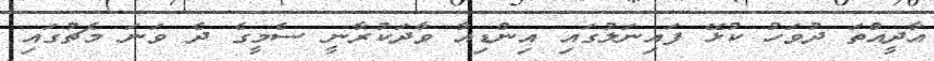
އާދީއްތަ ދުވަހު ކުޅޭ ފައިނަލުގައި އިންޑިއާ ވާދަކުރާނީ ސެމީގެ ދެ ވަނަ މެޗުގައި